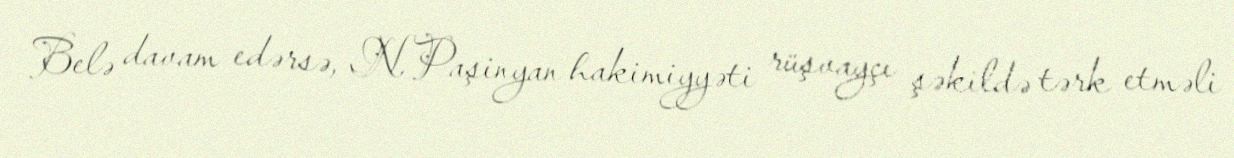
Belə davam edərsə, N.Paşinyan hakimiyyəti rüşvayçı şəkildə tərk etməli